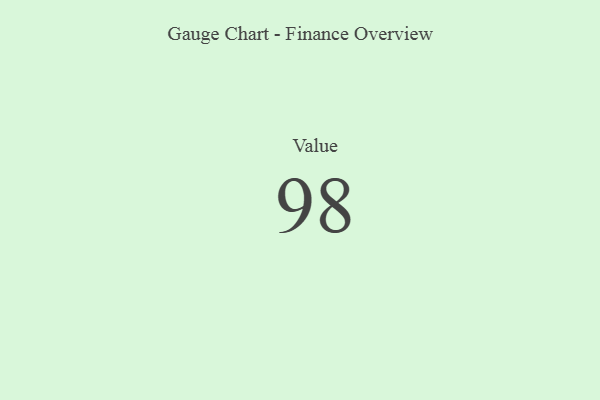
{"axis": {"x": "Metric", "y": "Value"}, "legend": [""], "data": [{"x": "Value", "y": 98, "type": ""}]}